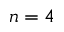
n = 4